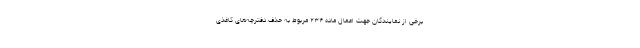
برخی از نمایندگان جهت اعمال ماده ۲۳۴ مربوط به حذف دفترچه‌های کاغذی